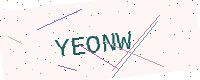
Text: YEONW